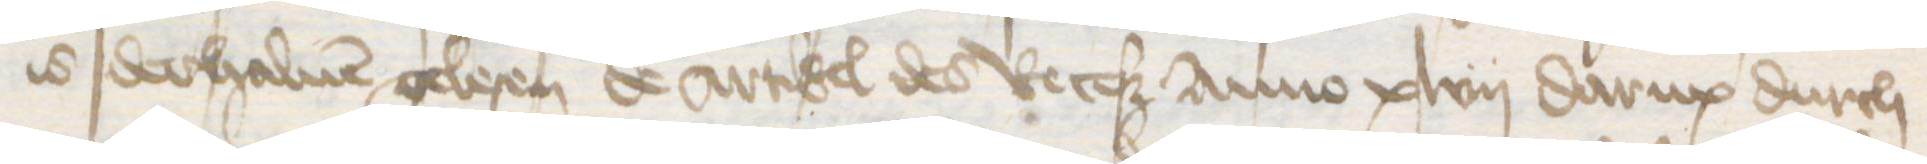
is derhaluen gelesen de artikel des Receß Anno xlvij darup durch